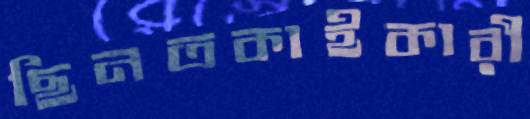
ছিনতকাইকারী